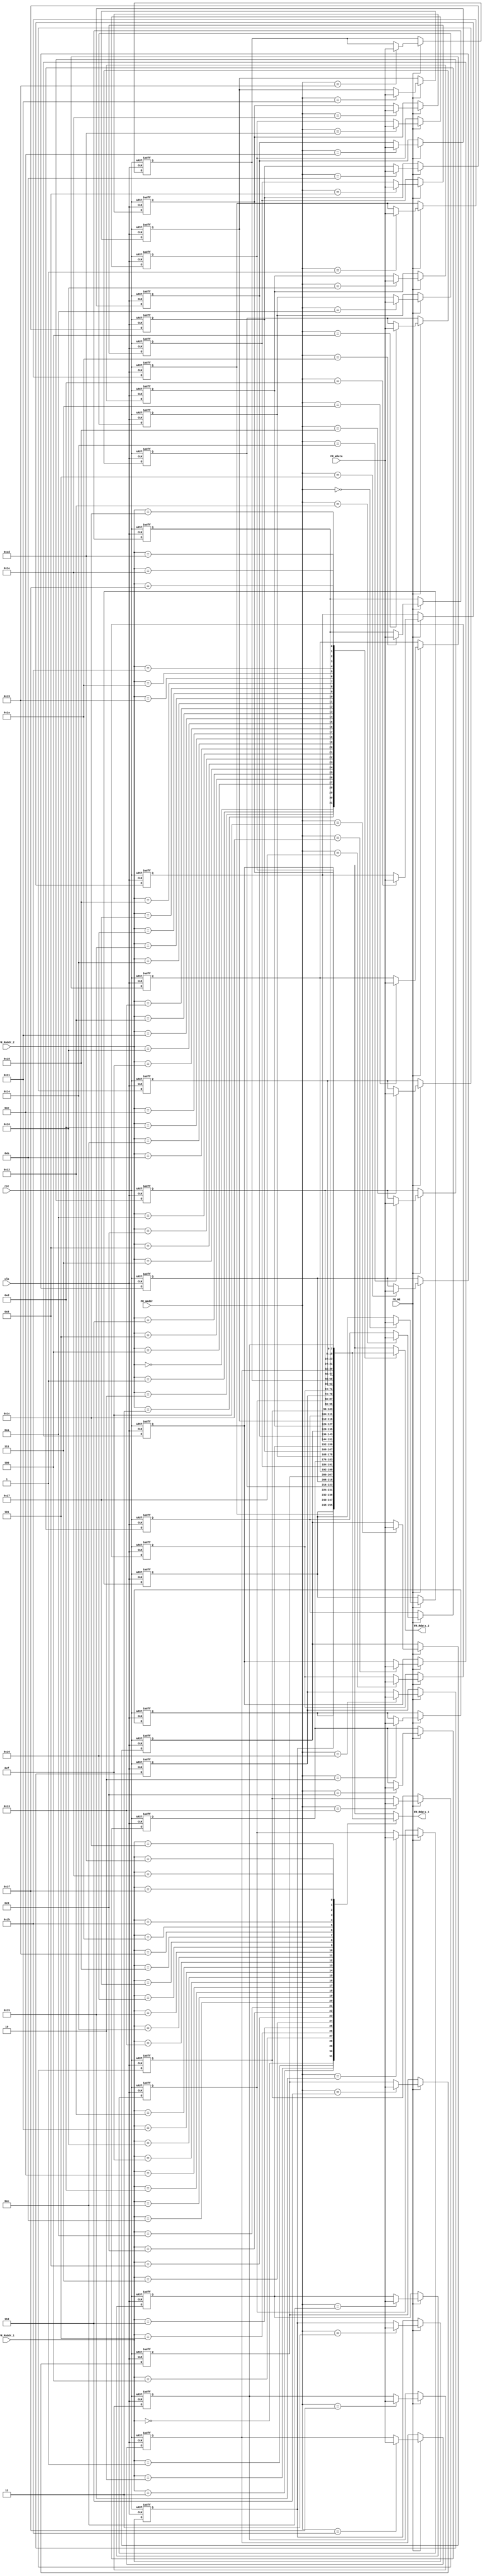
//FILE REGISTER
module file_Reg(  
      input                    clk,                     //WIRE por default
                                                        // seal de reloj
      input                    rst,                     // seal de reset
      // write port  
      input                    FR_WE,                   //indicativo de que vamos a ingresar un nuevo registro
  input          [4:0]     FR_Waddr,                // Direccin donde se guardara el dato
      input          [7:0]    FR_Wdata,                //Valor del dato a guardar
      //read port 1  
  input          [4:0]     FR_RAddr_1,              //Leer la direccin del dato
      output         [7:0]    FR_Rdata_1,              //Leer el dato de la direccin
      //read port 2  
  input          [4:0]     FR_RAddr_2,  
      output         [7:0]    FR_Rdata_2  
 );  
      reg     [7:0] reg_File [31:0];       // Matriz de registros: filas (nmero de registros) x columnas (tamao del dato)
      integer i;     
      
      /*------------------------------------- Guardar un registro --------------------------*/
      always @ (posedge clk or posedge rst) begin   //va a depener de ms factores
           if(rst) begin  
             for( i=0; i<32; i=i+1) 
               reg_File[i] = i;
             end  
           else begin  
                if(FR_WE) begin                         // verificamos que desemos ingresar un nuevo dato
                     reg_File[FR_Waddr] <= FR_Wdata;    // asignamos una direccin en donde se va a guardar el dato y le damos el valor del dato
                end  
           end  
      end  
      /*-------------------------------- Obtener el valor de un registro--------------------------------------*/
  assign FR_Rdata_1 = reg_File[FR_RAddr_1];
  assign FR_Rdata_2 = reg_File[FR_RAddr_2];
 endmodule



/*------------------------------------------ FILE REGISTER -------------------------------------------------------*/

/* Matriz de 32 registros de uso general
    2 columnas: Registros Derechos y Registros Izquierdo
    6 de ellos estan restringidos como direccionamiento indirecto: 5 de SRAM y 1 Flash memory*/

//parameter size_data= 8;               // dato de 8-bis
//parameter size_row = 32;                // 16 registros en columna izq + 16 registros en columna derecha = 32 registros
//parameter size_addr= 4;                 // 0001 0000 (16 direcciones posibles)